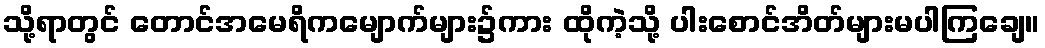
သို့ရာတွင် တောင်အမေရိကမျောက်များ၌ကား ထိုကဲ့သို့ ပါးစောင်အိတ်များမပါကြချေ။